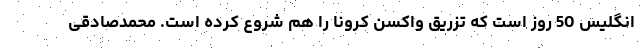
انگلیس 50 روز است که تزریق واکسن کرونا را هم شروع کرده است. محمدصادقی